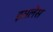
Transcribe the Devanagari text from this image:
इसलेस